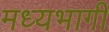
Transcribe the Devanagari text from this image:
मध्‍यभागी